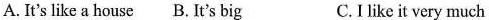
A. It's like a house B.It's big C.I like it very much